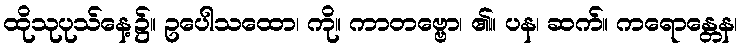
ထိုသုပုသ်နေ့၌။ ဥပေါသထော၊ ကို။ ကာတဗ္ဗော၊ ၏။ ပန၊ ဆက်။ ကရောန္တေန၊